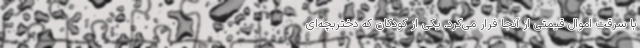
با سرقت اموال قیمتی از آنجا فرار می‌کرد. یکی از کودکان که دختربچه‌ای